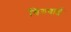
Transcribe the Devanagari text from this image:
विरुबाई